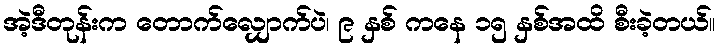
အဲ့ဒီတုန်းက တောက်လျှောက်ပဲ၊ ၉ နှစ် ကနေ ၁၅ နှစ်အထိ စီးခဲ့တယ်။